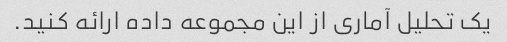
یک تحلیل آماری از این مجموعه داده ارائه کنید.